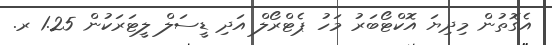
އެގޮތުން މިިދިޔަ އޮކްޓޯބަރު މަހު ޕެޓްރޯލް އަދި ޑީސަލް ލީޓަރަކުން 1.25 ރ.